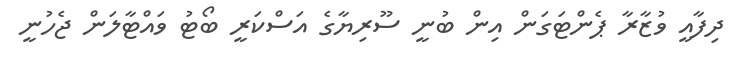
ދިފާއީ ވުޒާރާ ޕެންޓަގަން އިން ބުނީ ސޫރިޔާގެ އަސްކަރީ ބޯޓު ވައްޓާލަން ޖެހުނީ